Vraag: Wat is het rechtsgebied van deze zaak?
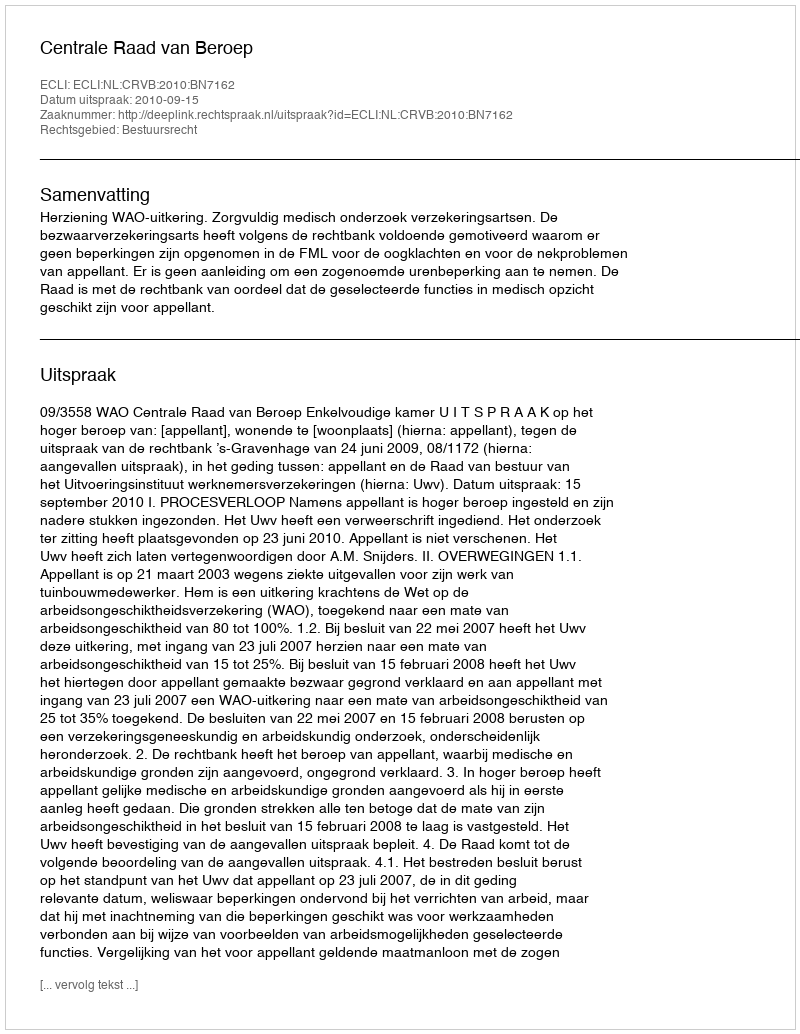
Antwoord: Bestuursrecht